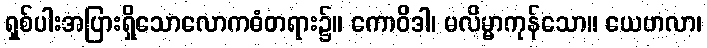
ရှစ်ပါးအပြားရှိသောလောကဓံတရား၌။ ကောဝိဒါ၊ မလိမ္မာကုန်သော။ ယေဗာလာ၊